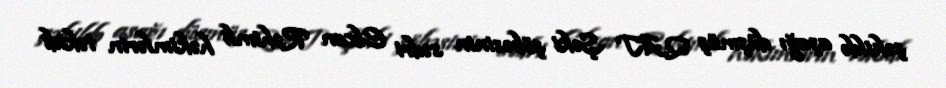
şəkildə aşağı düşmüş QAT Şəki şöbəsinin sədri Elxan Rəhimli həkimlərin təkidi